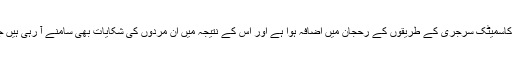
سیو فیس کی ایشٹن کولنز کہتی ہیں کہ ’یقیناً مردوں میں ان کاسمیٹک سرجری کے طریقوں کے رحجان میں اضافہ ہوا ہے اور اس کے نتیجہ میں ان مردوں کی شکایات بھی سامنے آ رہی ہیں جن کی سرجری خراب ہونے سے وہ مسائل سے دوچار ہیں۔